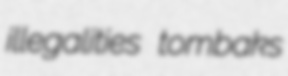
illegalities tombaks